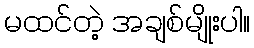
မထင်တဲ့ အချစ်မျိုးပါ။